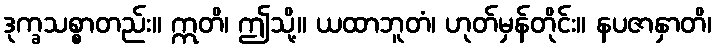
ဒုက္ခသစ္စာတည်း။ ဣတိ၊ ဤသို့။ ယထာဘူတံ၊ ဟုတ်မှန်တိုင်း။ နပဇာနှာတိ၊